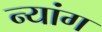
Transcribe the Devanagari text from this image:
न्यांग